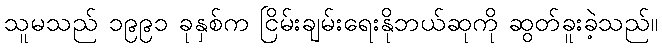
သူမသည် ၁၉၉၁ ခုနှစ်က ငြိမ်းချမ်းရေးနိုဘယ်ဆုကို ဆွတ်ခူးခဲ့သည်။